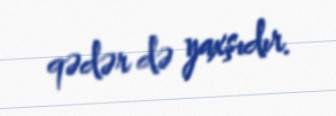
qədər də yaxşıdır.